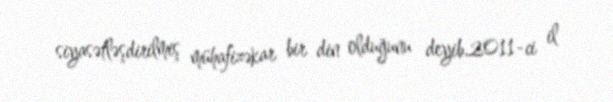
siyasətləşdirilmiş mühafizəkar bir din olduğunu deyib.2011-ci il